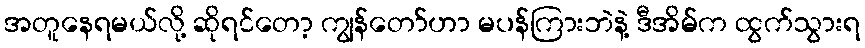
အတူနေရမယ်လို့ ဆိုရင်တော့ ကျွန်တော်ဟာ မပန်ကြားဘဲနဲ့ ဒီအိမ်က ထွက်သွားရ